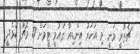
ޗެތުރީ ވަނީ މި އަހަރު އިންޑިއާ ގައުމީ ޓީމަށް 17 މެޗު ކުޅެދީ